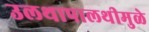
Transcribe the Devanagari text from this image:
उलथापालथीमुळे